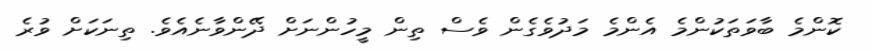
ކޮންމެ ބާވަތަކުންމެ އެންމެ މަދުވެގެން ވެސް ތިން މީހުންނަށް ދޭންވާނެއެވެ. ތިނަކަށް ވުރެ